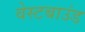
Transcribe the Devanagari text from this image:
वेस्टबाउंड